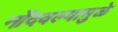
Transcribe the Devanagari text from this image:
नोंदवल्यामुळे